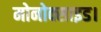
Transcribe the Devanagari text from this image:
मोनोक्साइड।